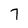
Character: 7